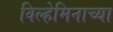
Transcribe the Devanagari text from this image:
विल्हेमिनाच्या